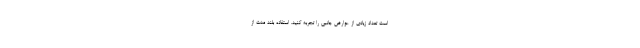
است تعداد زیادی از عوارض جانبی را تجربه کنید. استفاده بلند مدت از